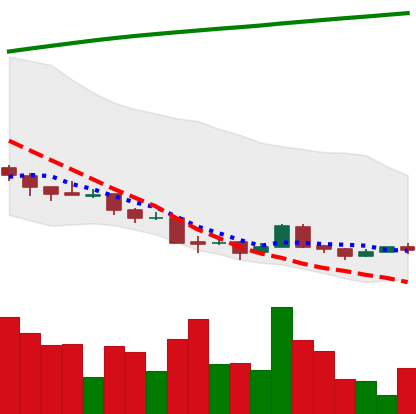
Ticker: XRP-USD
Chart end date: 2018-04-09
Forward return: 28.531%
Label: up_7plus